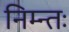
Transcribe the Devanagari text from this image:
निम्न्तः